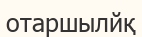
отаршылйқ